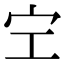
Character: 𡧇